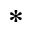
^ { * }